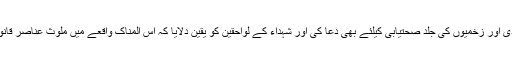
اس موقع پر گورنر نے پاراچنار واقعے میں شہید ہونیوالوں کی درجات کی بلندی اور زخمیوں کی جلد صحتیابی کیلئے بھی دعا کی اور شہداء کے لواحقین کو یقین دلایا کہ اس المناک واقعے میں ملوث عناصر قانون کی گرفت سے نہیں بچ سکیں گے اور انہیں منطقی انجام تک پہنچایا جائیگا۔